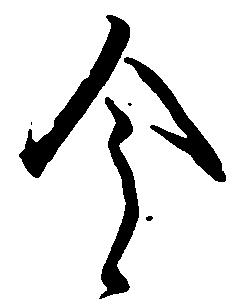
今